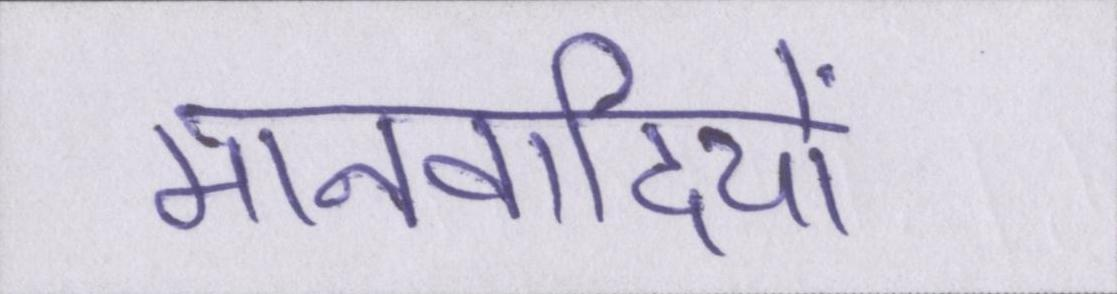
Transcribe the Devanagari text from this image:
मानवादियों